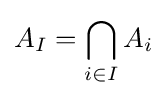
A_{I}=\bigcap _{i\in I}A_{i}